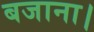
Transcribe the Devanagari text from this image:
बजाना।